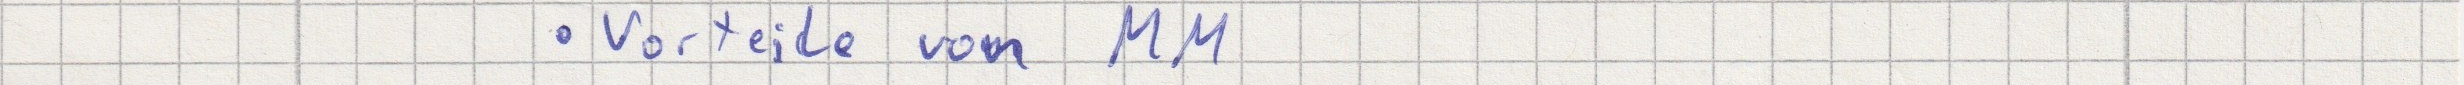
- Vorteile von MM